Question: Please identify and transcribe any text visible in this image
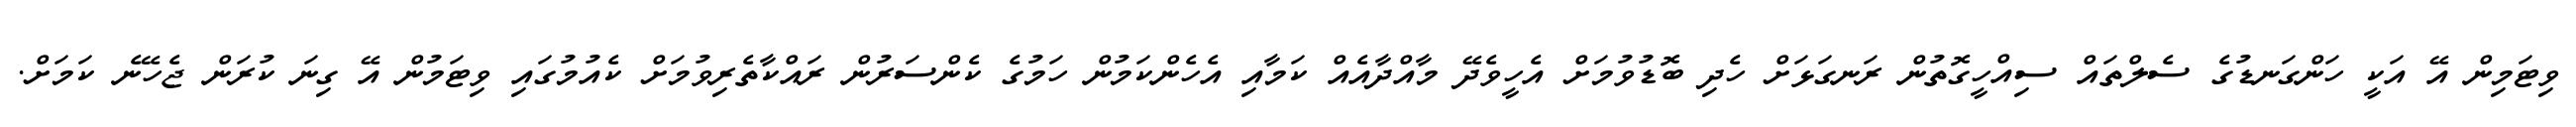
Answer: ވިޓަމިން އޭ އަކީ ހަންގަނޑުގެ ސެލްތައް ސިއްހީގޮތުން ރަނގަޅަށް ހެދި ބޮޑުވުމަށް އެހީވެދޭ މާއްދާއެއް ކަމާއި އެހެންކަމުން ހަމުގެ ކެންސަރުން ރައްކާތެރިވުމަށް ކެއުމުގައި ވިޓަމުން އޭ ގިނަ ކުރަން ޖެހޭނެ ކަމަށް.